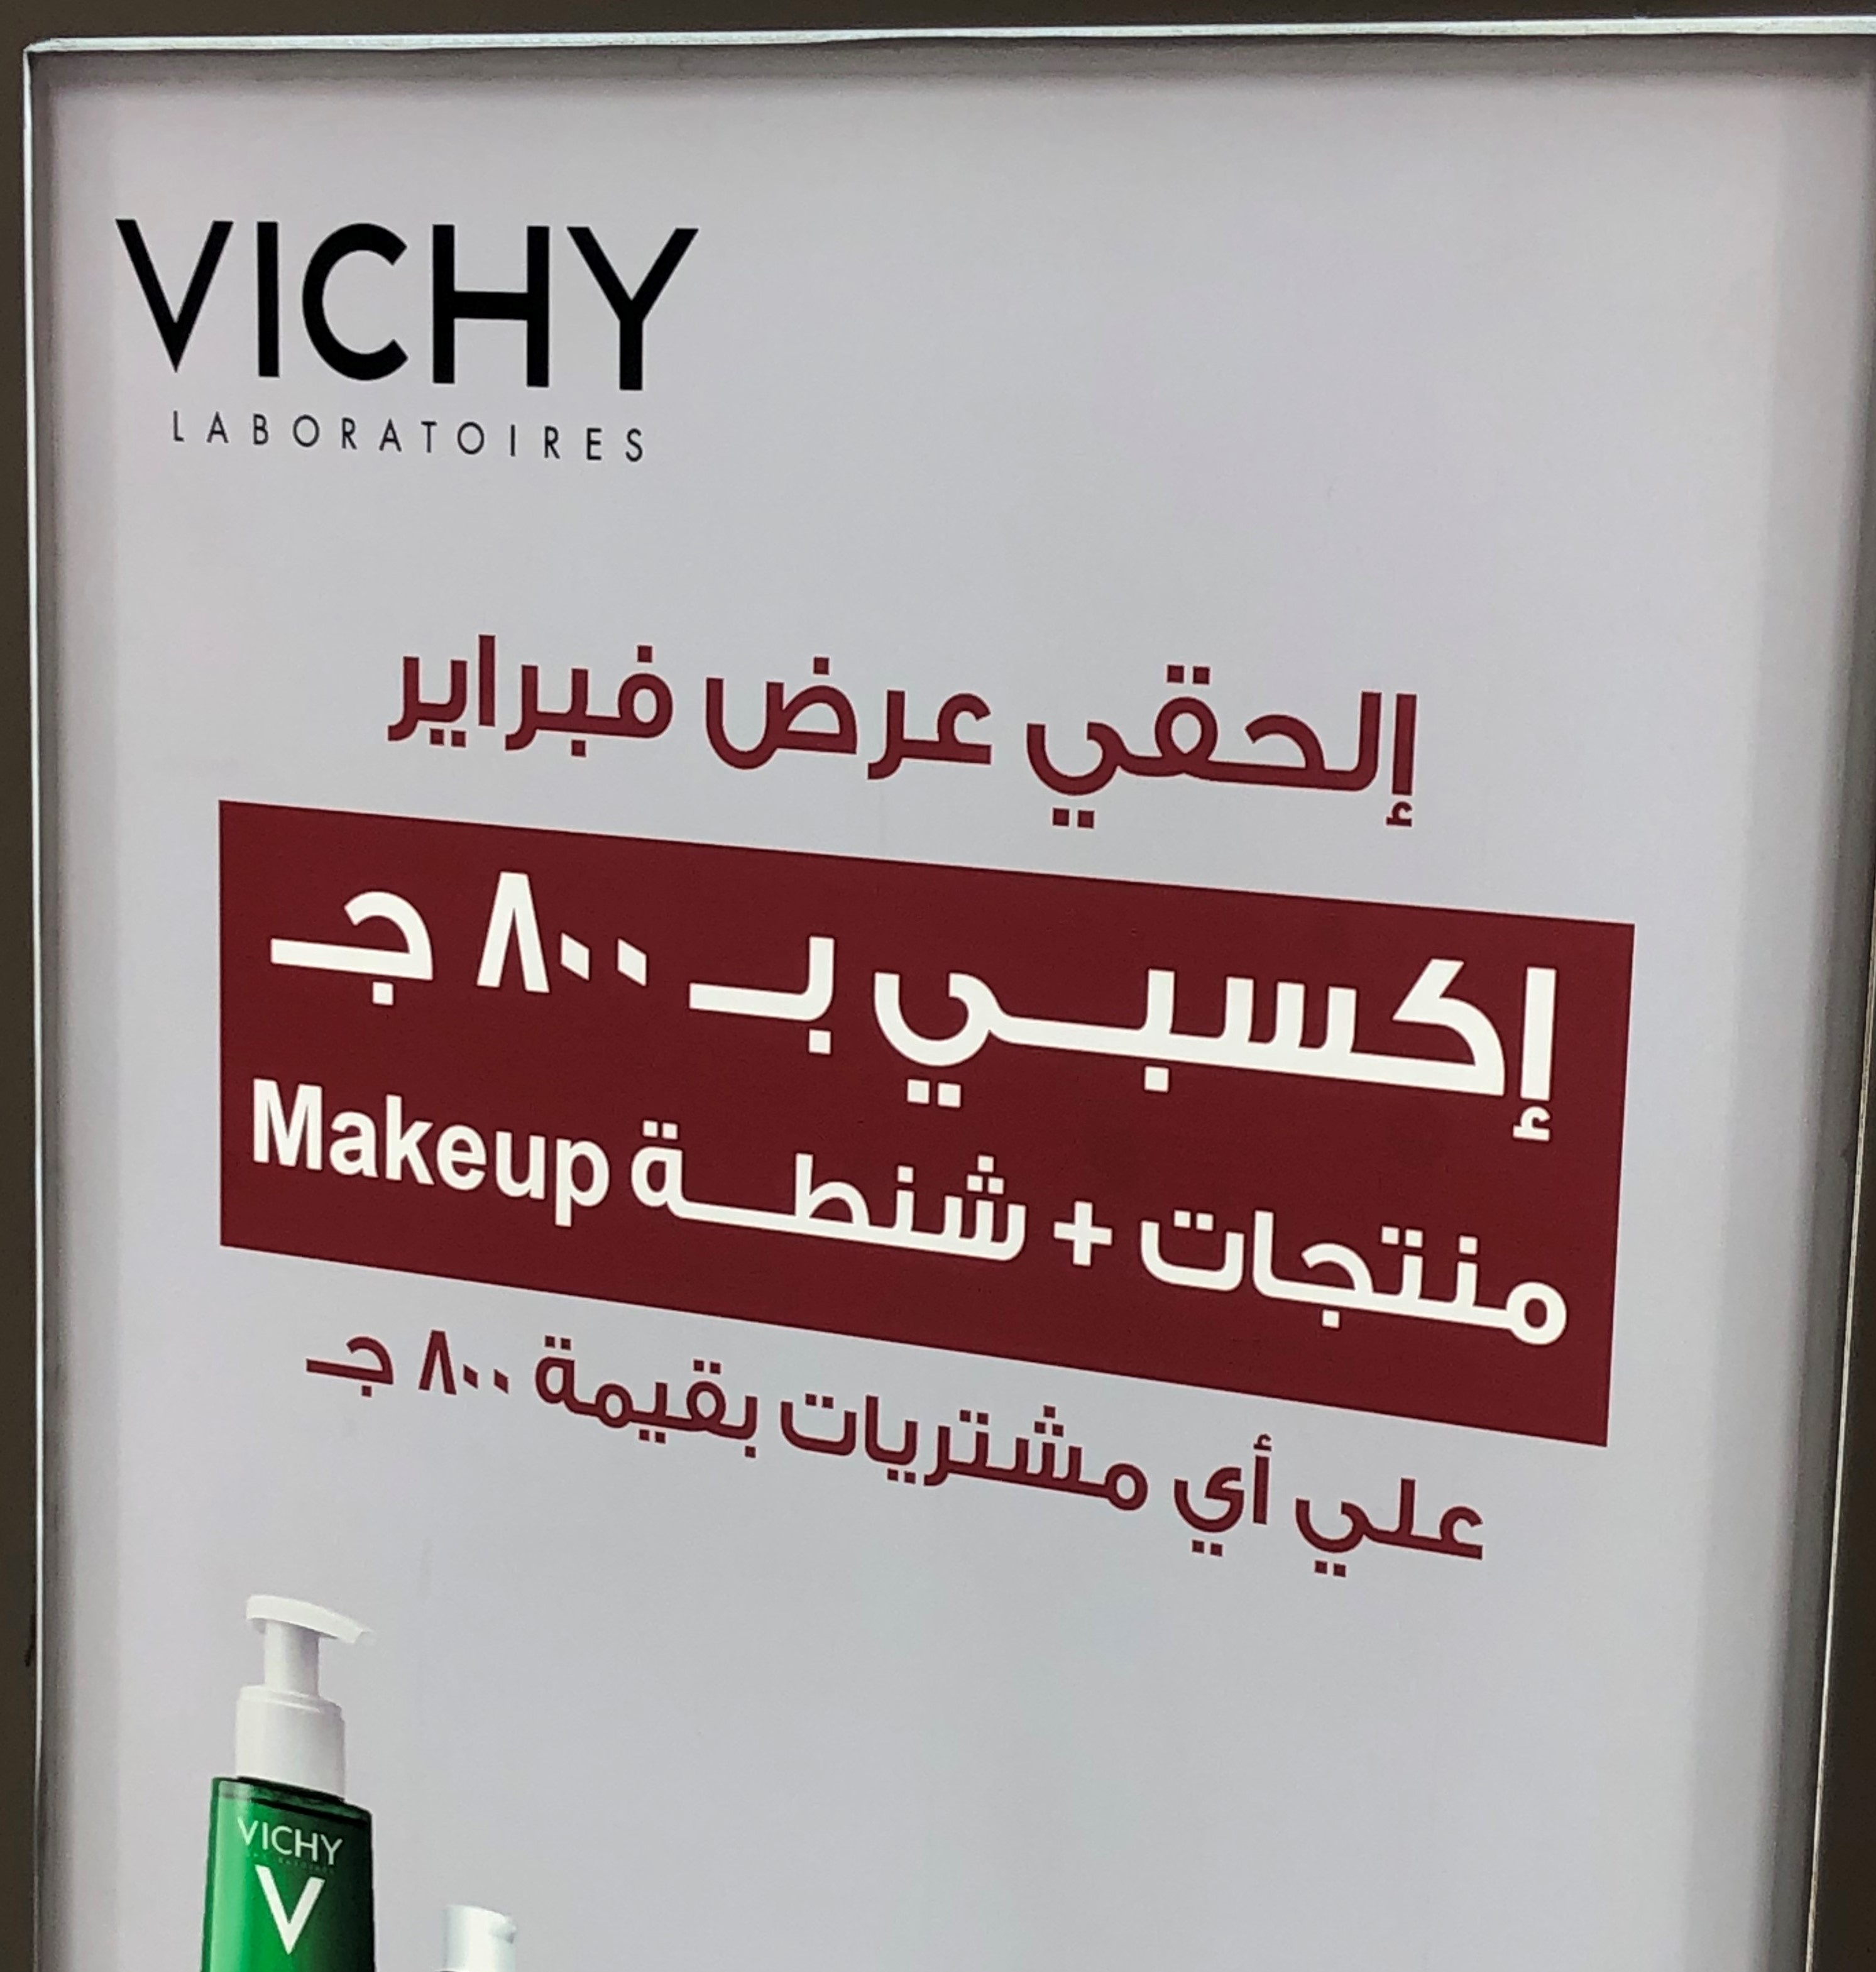
Text in image: فبراير عرض إلحقي بـ800جـ إكسبي منتجات+شنطة 800جـ بقيمة مشتريات أي علي VICHY LABORATOIRES Makeup VICHY V